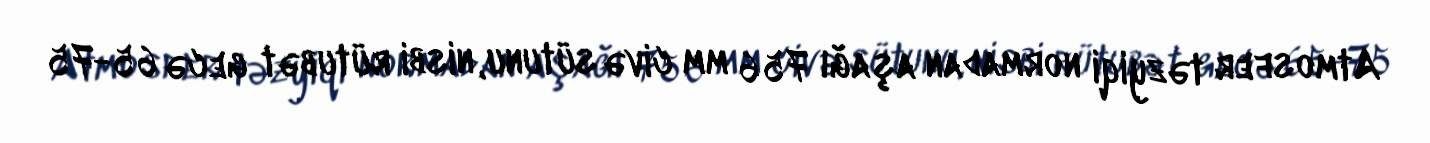
Atmosfer təzyiqi normadan aşağı 756 mm civə sütunu, nisbi rütubət gecə 65-75